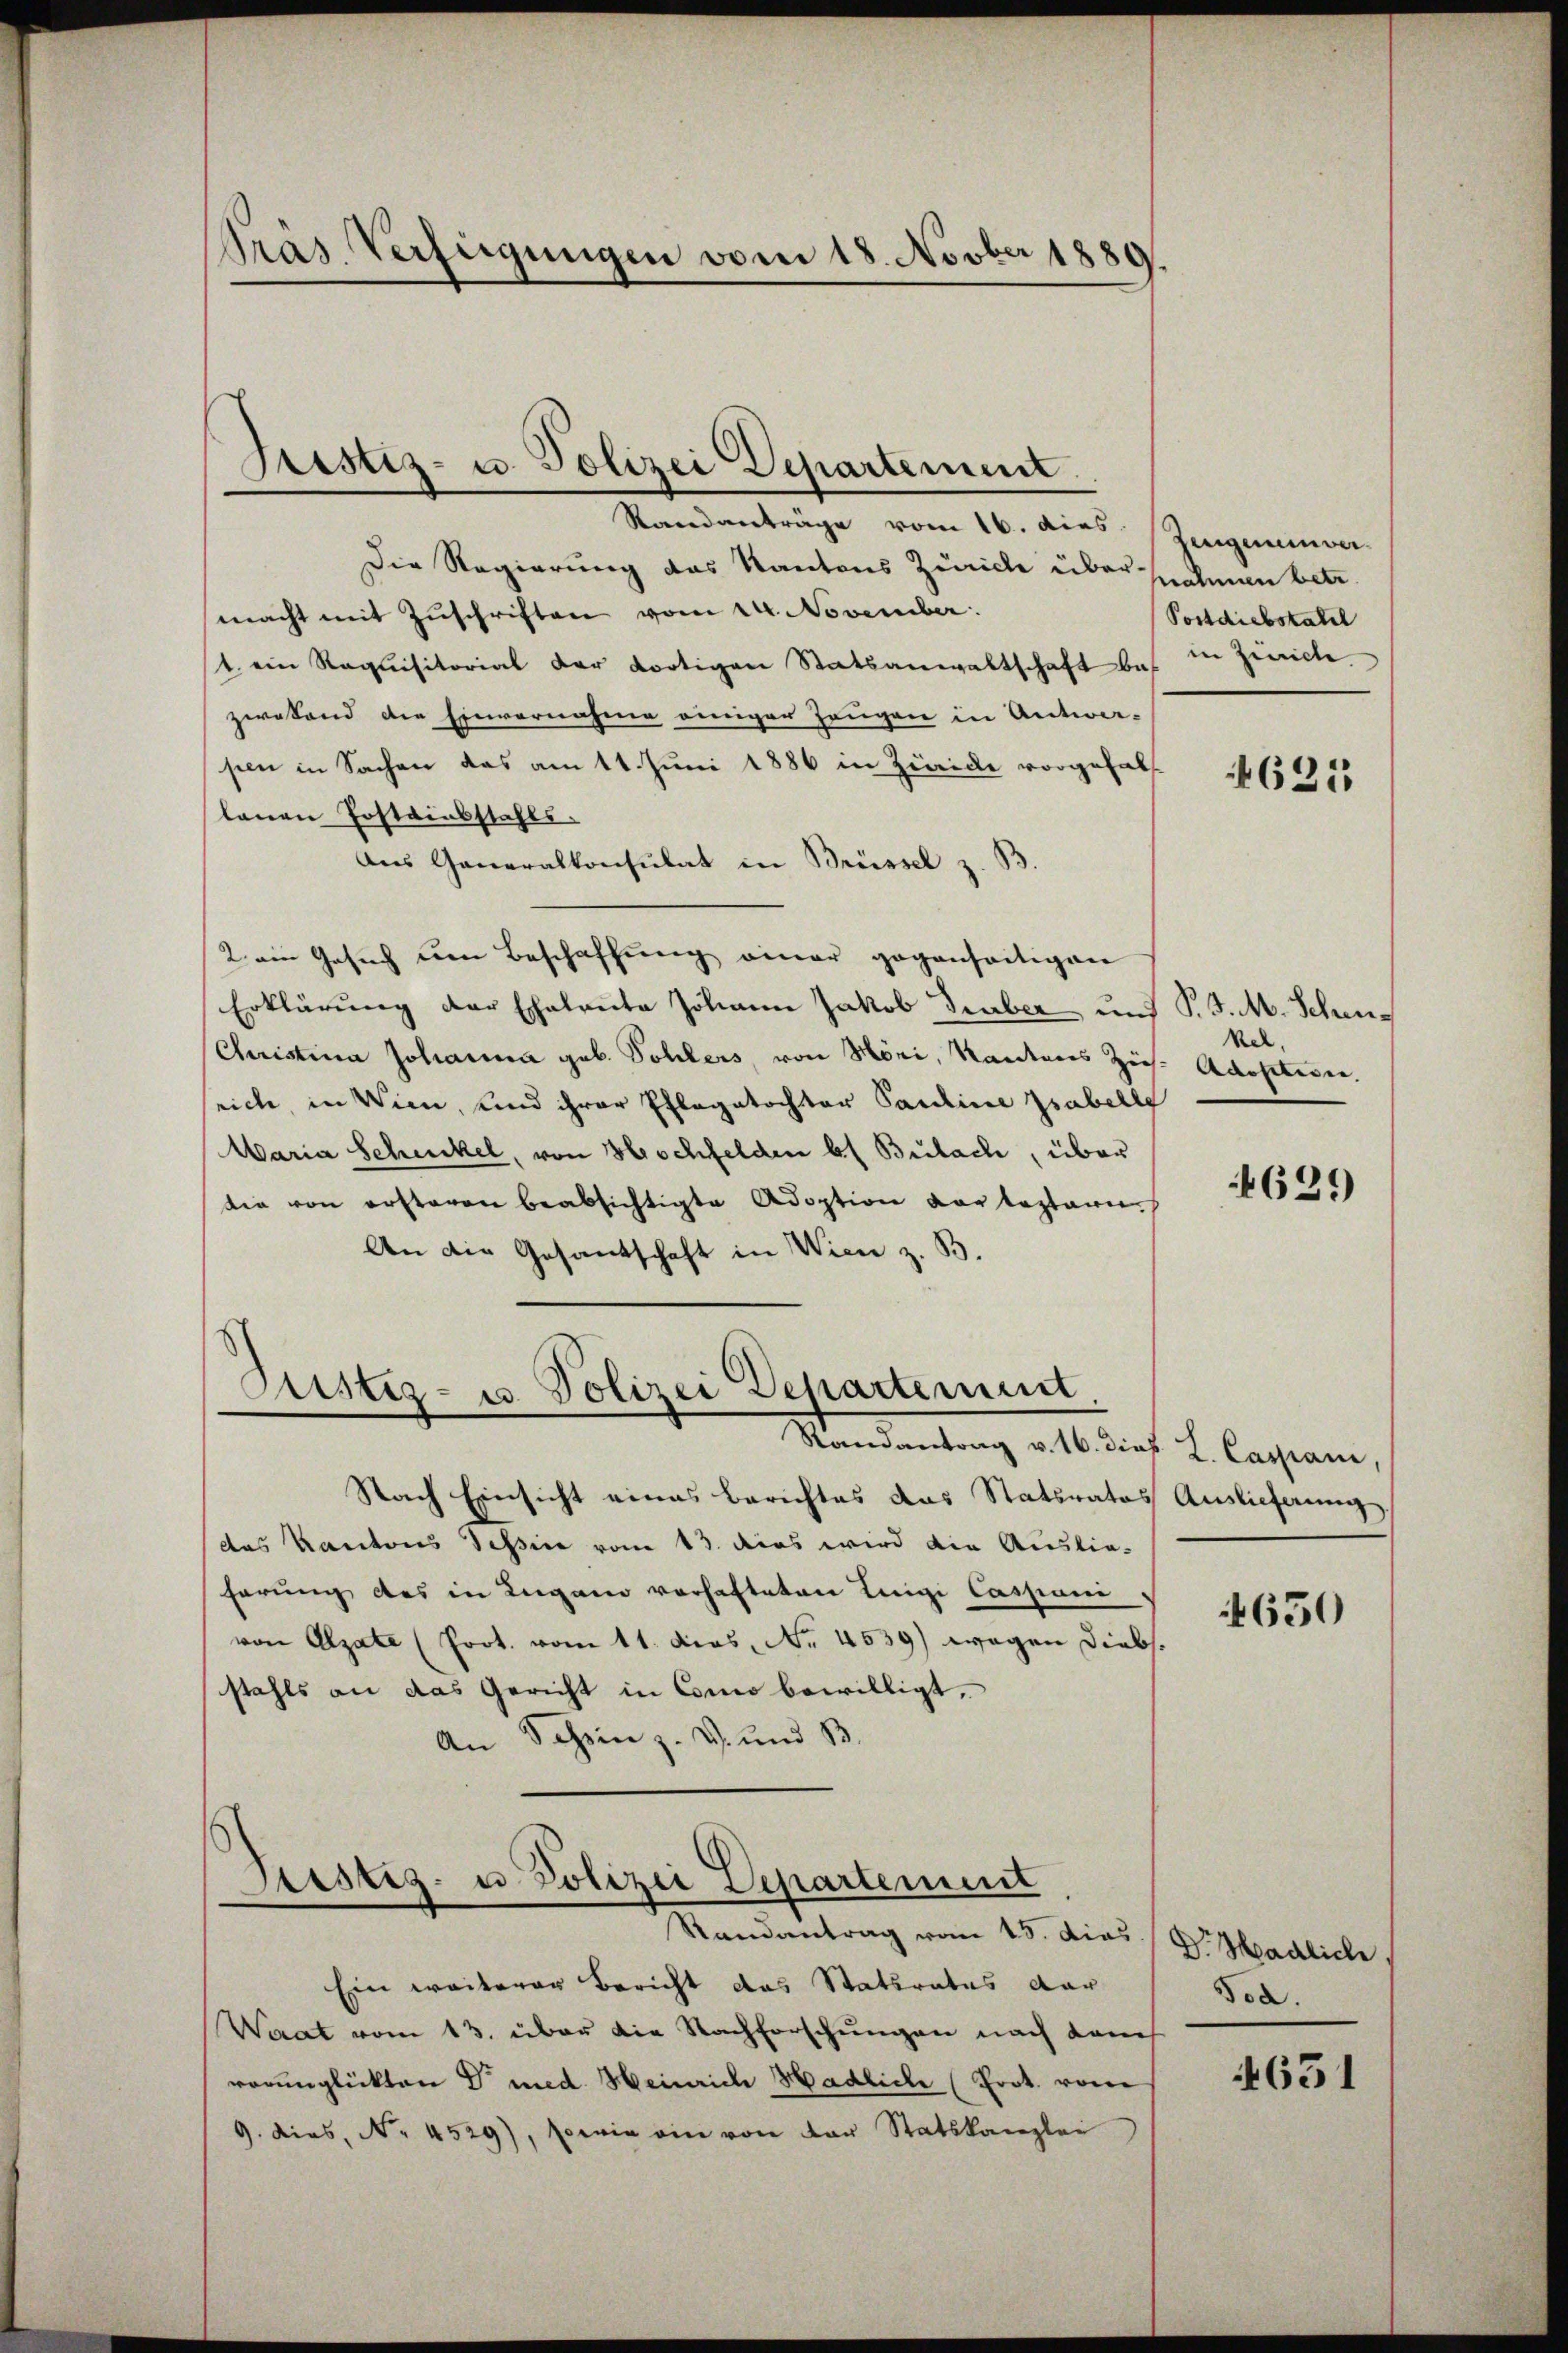
Pras Verfügungen vom 18. Novber 1889.

Pristiz- u. Polizei Departement

Randanträge vom 16. dies Zeugeneinver-
Die Regierung das Kantons Zürich über-
macht mit Zŭschriften vom 24. November.
t. ein Requisitorial der dortigen Statsanwaltschaft bes. in Zürich
zwesend die Einvernahme einiger Zeugen in Antwor-
pen in Sachen das am 11. Juni 1886 in Zürich vorgehalt
lauen Postriebstahls.
Aus Generalkonsulat in Brüssel z. B.
2 ein Gesuch um Beschaffŭng einer gegenseitigen
Erklärung der Echalanta Johann Jakob Graber und P. J. M. Schen¬
Christina Johanna geb. Sohlers, von Höri, Kantons Zieh-Adositiven.
srich, in Wien, und ihrer Pflegatochter Pardine Zsabelle
Maria Schickel, von Hochfelden b) Bulach, über
die von ersteren beabsichtigte Adoption der leztern.
An die Gesantschaft in Wien z. B.
Sistiz- u. Polizei Departement,
Randantrag v. 16. dieß. L. Caspani,
Nach Einsicht eines Berichtes das Statsrates Auslieferung
das Kantons Tessine vom 13. dies wird die Auslieferung des in Lugano vorhafteten Luigi Cassani
von Alzate (Prot. vom 11. dies, Nr. 4539) wegen Diebs
stahls an das Gericht in Como bewilligt,
An Schein z. v. und 13.

Sistiz- u. Polizei Departement
Ramantrag vom 15. dies Dr. Hadliche,

snahmen betr.
Postdiebstatil

Ein weiterer Bericht das Statsrates dar
Waat vom 13. über die Nachforschungen nach dam
vorunglückten Dr med. Heinrich Hadliche (Prot. vom
9. Dies. No. 4529), sowie ein von der Statskanzlei

4625

kel,

4629)

650

Tod.

651